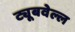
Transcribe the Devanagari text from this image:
ट्यूबवेल्ल